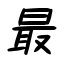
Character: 最